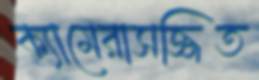
ক্যামেরাসজ্জিত